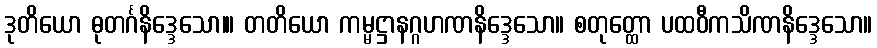
ဒုတိယော ဓုတင်္ဂနိဒ္ဒေသော၊။ တတိယော ကမ္မဋ္ဌာနဂ္ဂဟဏနိဒ္ဒေသော။ စတုတ္ထော ပထဝီကသိဏနိဒ္ဒေသော။